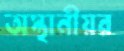
অস্থানীয়র